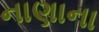
નાણાના